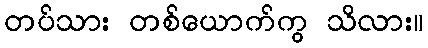
တပ်သား တစ်ယောက်ကွ သိလား။